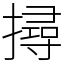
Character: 撏